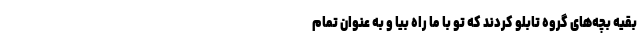
بقیه بچه‌های گروه تابلو کردند که تو با ما راه بیا و به عنوان تمام